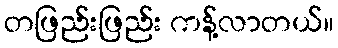
တဖြည်းဖြည်း ကန့်လာတယ်။